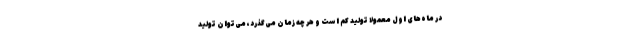
در ماه‌های اول معمولا تولید کم است و هر چه زمان می‌گذرد، می‌توان تولید